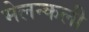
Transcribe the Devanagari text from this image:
मेलन्कली